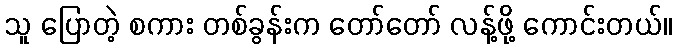
သူ ပြောတဲ့ စကား တစ်ခွန်းက တော်တော် လန့်ဖို့ ကောင်းတယ်။